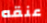
عنقه